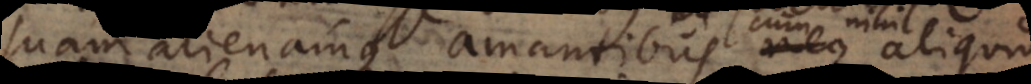
suam alienamque amantibus, cum